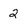
Character: 2